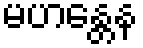
မဟန္တေန